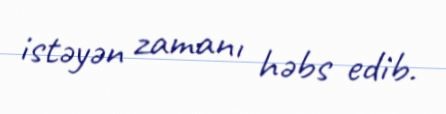
istəyən zamanı həbs edib.